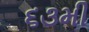
૬૩મી